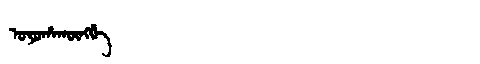
Manchu: ᠣᠶᠣᡥᠠᡴᡡᠩᡤᡝ
Romanization: OYOHAKŪNGGE